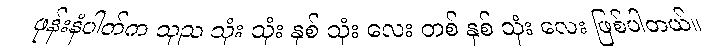
ဖုန်းနံပါတ်က သုည သုံး သုံး နှစ် သုံး လေး တစ် နှစ် သုံး လေး ဖြစ်ပါတယ်။